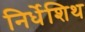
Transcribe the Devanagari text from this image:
निर्धेशिथ